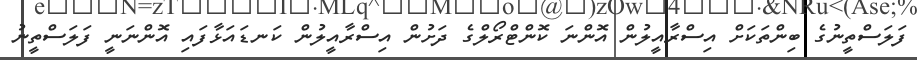
ފަލަސްތީނުގެ ބިންތަކަށް އިސްރާއީލުން އޮންނަ ކޮންޓްރޯލްގެ ދަށުން އިސްރާއީލުން ކަނޑައަޅާފައި އޮންނަނީ ފަލަސްތީނު